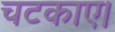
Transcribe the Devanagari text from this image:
चटकाए।